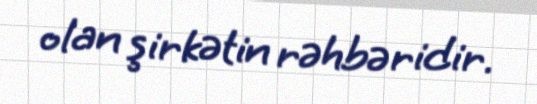
olan şirkətin rəhbəridir.